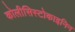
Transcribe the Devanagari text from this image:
कोलीसिस्टोकाइनिन